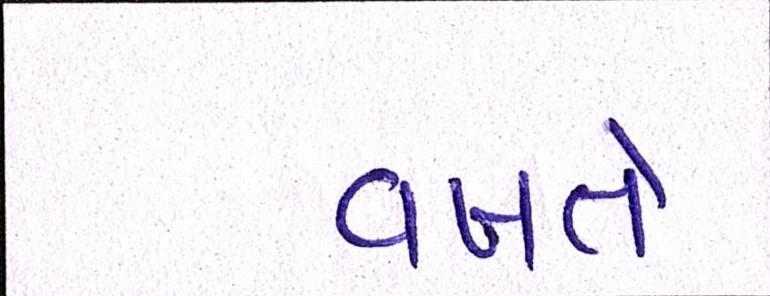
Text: વખતે